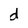
Character: d